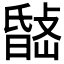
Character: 𭤉